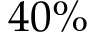
4 0 \%